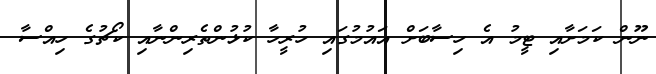
ނޫން ކަމަށާއި ޓީމު އެ ހިސާބަށް އައުމުގައި ހުރީހާ ކުޅުންތެރިންނާއި ކޯޗުގެ ހިއްސާ